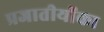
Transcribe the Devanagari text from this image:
प्रजातीयोंका